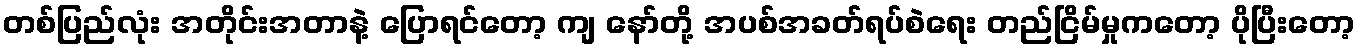
တစ်ပြည်လုံး အတိုင်းအတာနဲ့ ပြောရင်တော့ ကျ နော်တို့ အပစ်အခတ်ရပ်စဲရေး တည်ငြိမ်မှုကတော့ ပိုပြီးတော့